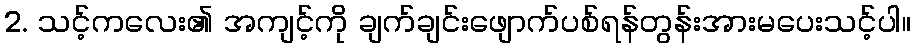
2. သင့်ကလေး၏ အကျင့်ကို ချက်ချင်းဖျောက်ပစ်ရန်တွန်းအားမပေးသင့်ပါ။